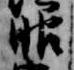
眼